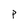
Character: p